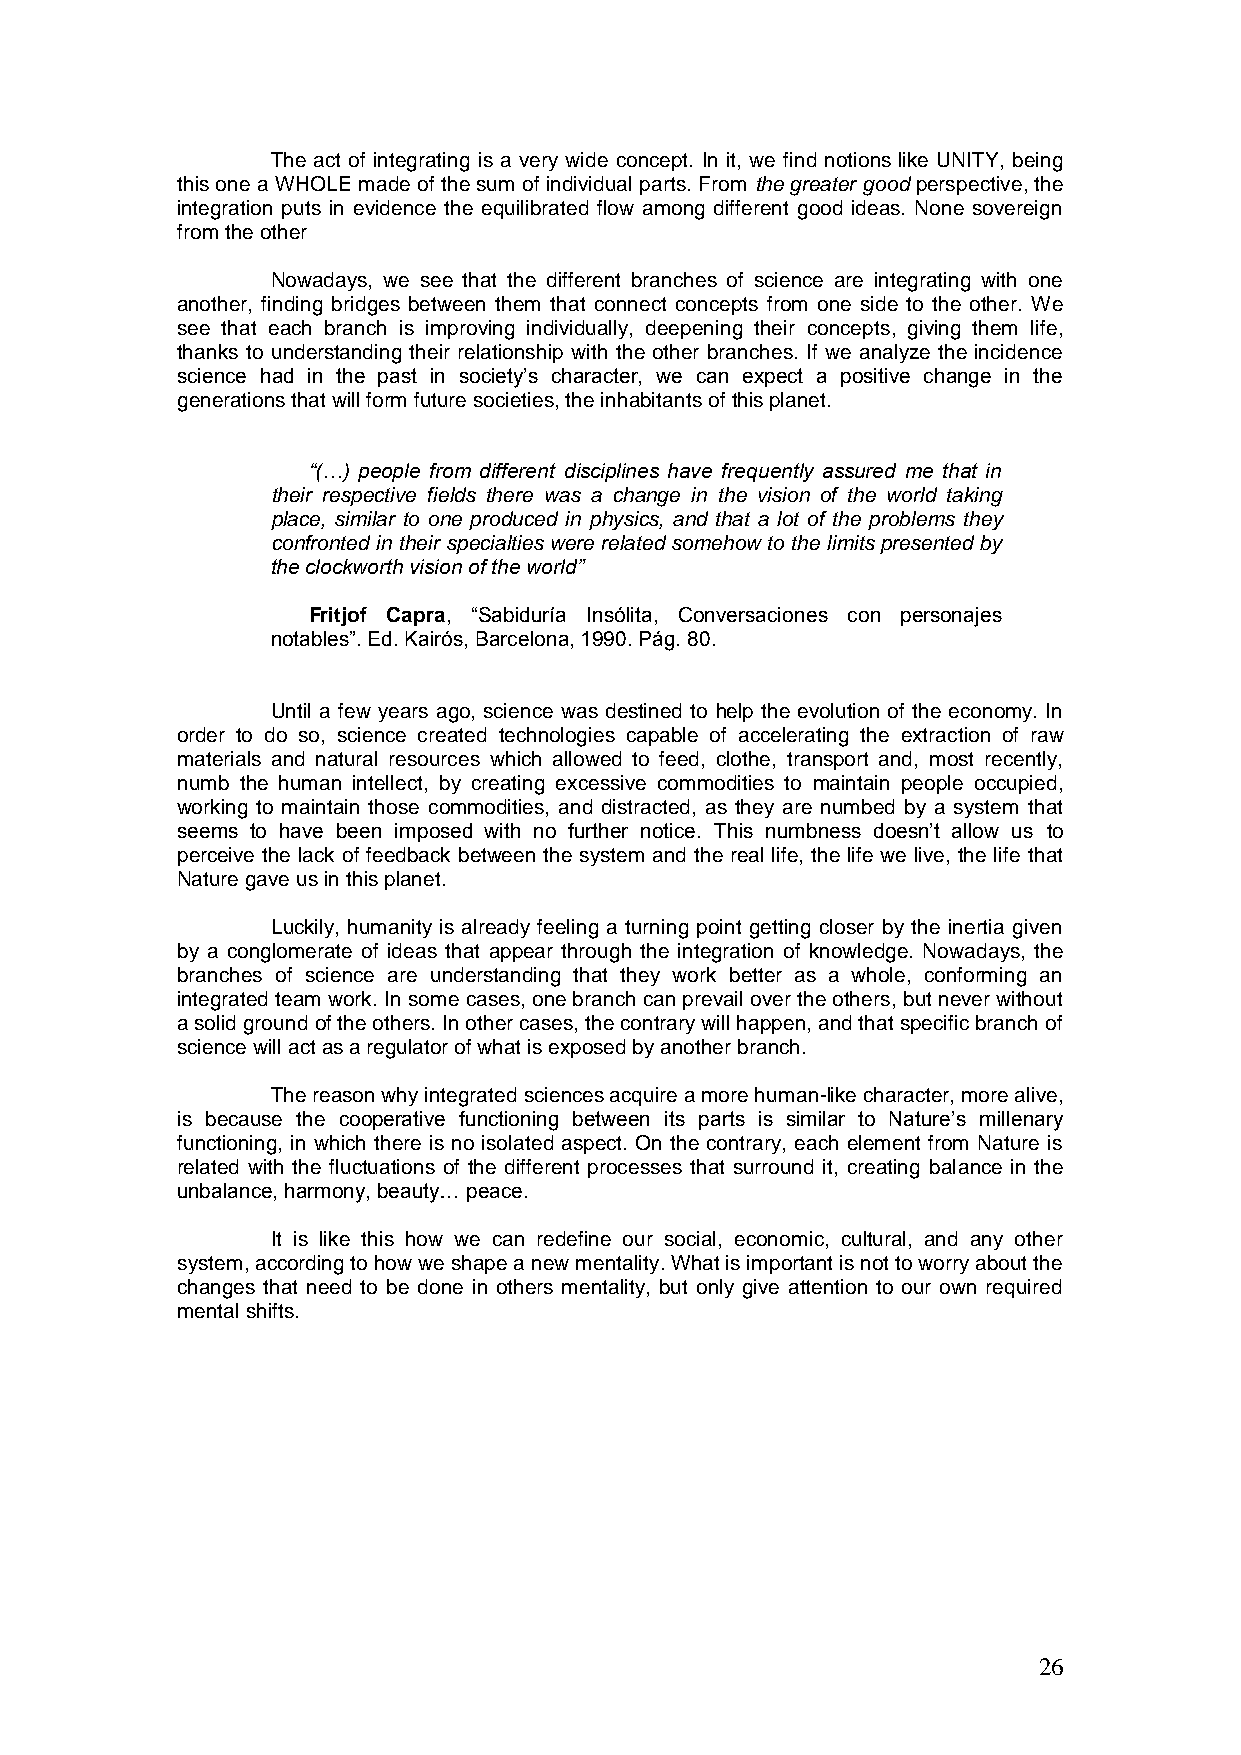
The act of integrating is a very wide concept. In it, we find notions like UNITY, being
 this one a WHOLE made of the sum of individual parts. From the greater good perspective, the
 integration puts in evidence the equilibrated flow among different good ideas. None sovereign
 from the other
 Nowadays, we see that the different branches of science are integrating with one
 another, finding bridges between them that connect concepts from one side to the other. We
 see that each branch is improving individually, deepening their concepts, giving them life,
 thanks to understanding their relationship with the other branches. If we analyze the incidence
 science had in the past in society’s character, we can expect a positive change in the
 generations that will form future societies, the inhabitants of this planet.
 “(…) people from different disciplines have frequently assured me that in
 their respective fields there was a change in the vision of the world taking
 place, similar to one produced in physics, and that a lot of the problems they
 confronted in their specialties were related somehow to the limits presented by
 the clockworth vision of the world”
 Fritjof Capra, ―Sabiduría Insólita, Conversaciones con personajes
 notables‖. Ed. Kairós, Barcelona, 1990. Pág. 80.
 Until a few years ago, science was destined to help the evolution of the economy. In
 order to do so, science created technologies capable of accelerating the extraction of raw
 materials and natural resources which allowed to feed, clothe, transport and, most recently,
 numb the human intellect, by creating excessive commodities to maintain people occupied,
 working to maintain those commodities, and distracted, as they are numbed by a system that
 seems to have been imposed with no further notice. This numbness doesn’t allow us to
 perceive the lack of feedback between the system and the real life, the life we live, the life that
 Nature gave us in this planet.
 Luckily, humanity is already feeling a turning point getting closer by the inertia given
 by a conglomerate of ideas that appear through the integration of knowledge. Nowadays, the
 branches of science are understanding that they work better as a whole, conforming an
 integrated team work. In some cases, one branch can prevail over the others, but never without
 a solid ground of the others. In other cases, the contrary will happen, and that specific branch of
 science will act as a regulator of what is exposed by another branch.
 The reason why integrated sciences acquire a more human-like character, more alive,
 is because the cooperative functioning between its parts is similar to Nature’s millenary
 functioning, in which there is no isolated aspect. On the contrary, each element from Nature is
 related with the fluctuations of the different processes that surround it, creating balance in the
 unbalance, harmony, beauty… peace.
 It is like this how we can redefine our social, economic, cultural, and any other
 system, according to how we shape a new mentality. What is important is not to worry about the
 changes that need to be done in others mentality, but only give attention to our own required
 mental shifts.
 26